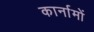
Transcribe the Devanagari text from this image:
कार्नामों